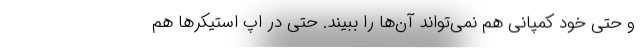
و حتی خود کمپانی هم نمی‌تواند آن‌ها را ببیند. حتی در اپ استیکرها هم